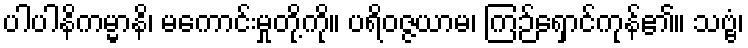
ပါပါနိကမ္မာနိ၊ မကောင်းမှုတို့ကို။ ပရိဝဇ္ဇယာမ၊ ကြဉ်ရှောင်ကုန်၏။ သဗ္ဗံ၊